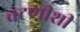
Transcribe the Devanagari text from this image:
चटणीशी